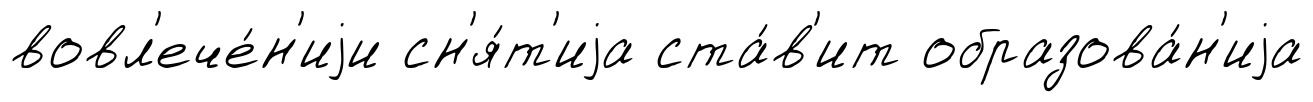
вовл'ече́н'иjи сн'я́т'иjа ста́в'ит образова́н'иjа